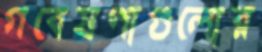
গবেষণাগুলোর